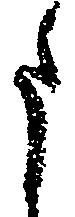
う